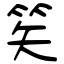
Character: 笶